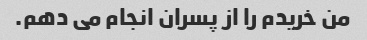
من خریدم را از پسران انجام می دهم.